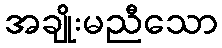
အချိုးမညီသော